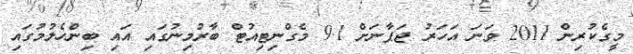
މީގެކުރިން 2011 ވަނަ އަހަރު ޖަޕާނަށް 9.1 މެގްނިޓިއުޓް ބާރުމިނުގައި އައި ބިންހެލުމުގައި